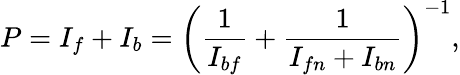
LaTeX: P=I_{f}+I_{b}=\left(\frac{1}{I_{bf}}+\frac{1}{I_{fn}+I_{bn}}\right)^{-1},